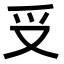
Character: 𠬪